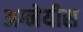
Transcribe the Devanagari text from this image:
अग्नेयीस